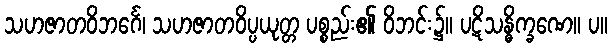
သဟဇာတဝိဘင်္ဂေ၊ သဟဇာတဝိပ္ပယုတ္တ ပစ္စည်း၏ ဝိဘင်း၌။ ပဋိသန္ဓိက္ခဏေ။ ပ။